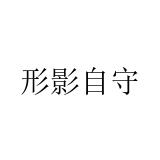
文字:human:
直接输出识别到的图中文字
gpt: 形影自守